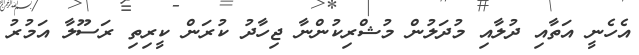
އެހެނީ އަތާއި ދުލާއި މުދަލުން މުޝްރިކުންނާ ޖިހާދު ކުރަން ކީރިތި ރަސޫލާ އަމުރު